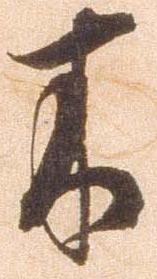
木